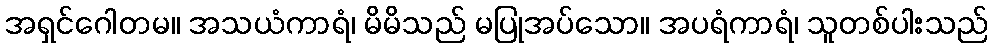
အရှင်ဂေါတမ။ အသယံကာရံ၊ မိမိသည် မပြုအပ်သော။ အပရံကာရံ၊ သူတစ်ပါးသည်